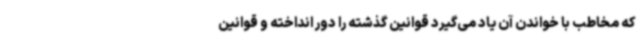
که مخاطب با خواندن آن یاد می‌گیرد قوانین گذشته را دور انداخته و قوانین